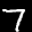
Label: 7